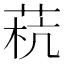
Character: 𰱓